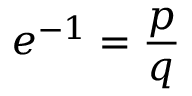
e ^ { - 1 } = { \frac { p } { q } }